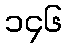
၁၄၆